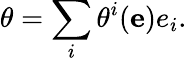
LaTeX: \theta=\sum_{i}\theta^{i}(\mathbf{e})e_{i}.